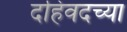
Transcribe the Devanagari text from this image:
दहिवदच्या